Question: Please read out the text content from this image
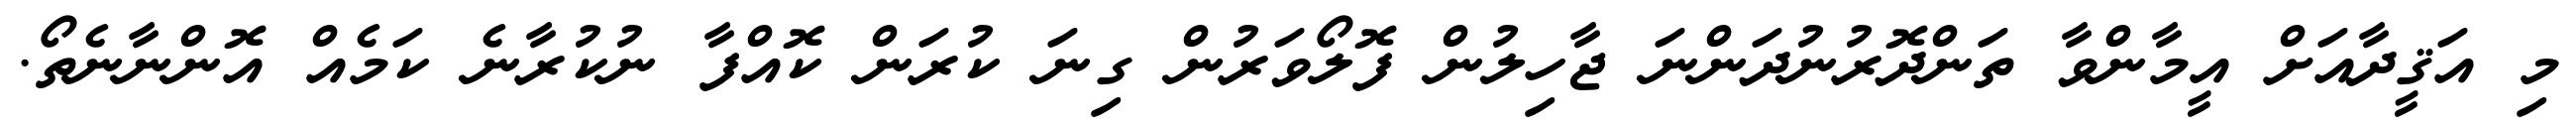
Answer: މި އަޤީދާއަށް އީމާންވާ ތަންދޮރުނުދަންނަ ޖާހިލުން ފޮލޯވަރުން ގިނަ ކުރަން ކޮއްފާ ނުކުރާނެ ކަމެއް އޮންނާނެތޯ.